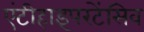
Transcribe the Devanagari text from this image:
एंटीहाइपरटेंसिव